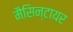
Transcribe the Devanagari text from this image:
मैसिन्टायर